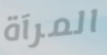
المرآة